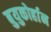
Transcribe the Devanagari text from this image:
बुयुकोर्हान